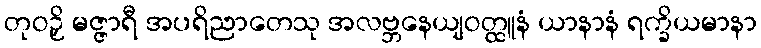
တုဝဉှိ မဇ္ဇာရီ အပရိညာတေသု အလဗ္ဘနေယျဝတ္ထူနံ ယာနာနံ ရက္ခိယမာနာ